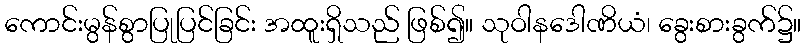
ကောင်းမွန်စွာပြုပြင်ခြင်း အထူးရှိသည် ဖြစ်၍။ သုဝါနဒေါဏိယံ၊ ခွေးစားခွက်၌။